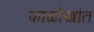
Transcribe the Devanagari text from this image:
काळोखांत